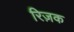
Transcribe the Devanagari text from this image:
रिज़क